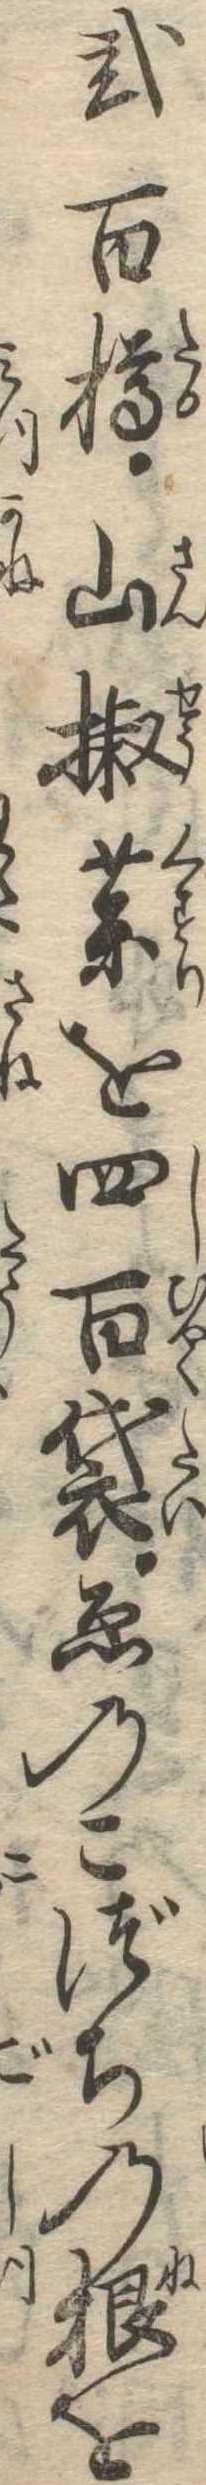
弐百樽山椒薬を四百袋ゑのこづちの根を